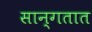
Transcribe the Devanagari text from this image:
सान्गतात